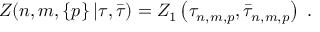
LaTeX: Z ( n , m , \left\{ p \right\} | \tau , \bar { \tau } ) = Z _ { 1 } \left( \tau _ { n , m , p } , \bar { \tau } _ { n , m , p } \right) \, \, .